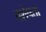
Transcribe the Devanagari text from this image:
वशेषता